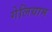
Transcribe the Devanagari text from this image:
गेलियाम